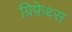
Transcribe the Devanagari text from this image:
ग्रिफ़ेथ्स